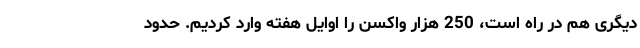
دیگری هم در راه است، 250 هزار واکسن را اوایل هفته وارد کردیم. حدود